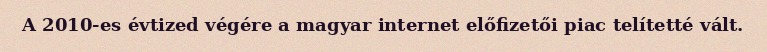
A 2010-es évtized végére a magyar internet előfizetői piac telítetté vált.